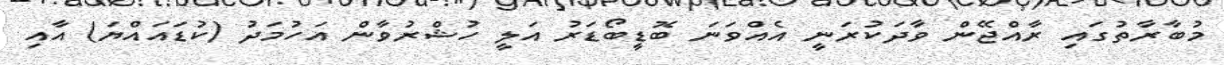
މުބާރާތުގައި ރާއްޖޭން ވާދަކުރަނީ އެއްވަނަ ބޮޑީބޯޑަރު އަލީ ހުޝްރުވާން އަހުމަދު (ކުޑައައްޔަ) އާއި